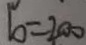
b = 2 0 0 1